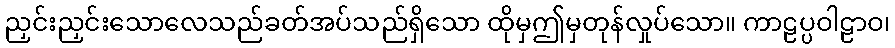
ညှင်းညှင်းသောလေသည်ခတ်အပ်သည်ရှိသော ထိုမှဤမှတုန်လှုပ်သော။ ကာဠပ္ပဝါဠာဝ၊